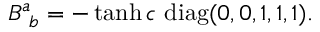
B _ { ~ b } ^ { a } = - \operatorname { t a n h } c \ \mathrm { d i a g } ( 0 , 0 , 1 , 1 , 1 ) .